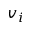
v _ { i }